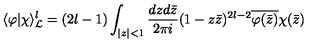
\langle \varphi | \chi \rangle _ { { \cal L } } ^ { l } = ( 2 l - 1 ) \int _ { | z | < 1 } \frac { d z d \bar { z } } { 2 \pi i } ( 1 - z \bar { z } ) ^ { 2 l - 2 } \overline { { \varphi ( \bar { z } ) } } \chi ( \bar { z } )